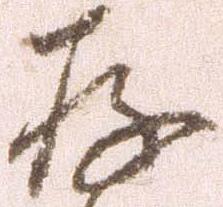
存